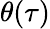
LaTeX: \theta(\tau)